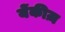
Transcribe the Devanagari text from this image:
येंकीज़